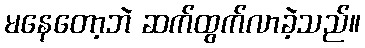
မနေတော့ဘဲ ဆက်ထွက်လာခဲ့သည်။